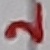
Text: 2